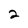
Character: 2